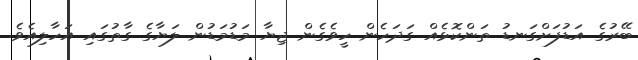
ބޭރުގެ އަޑުފަށްގަނޑު ތަންކޮޅެއް ގަދަހެން ހީވެގެން ޖިޔާ މަޑުމަޑުން ލަޔާގެ ގާތުގައި އަހާލިއެވެ.